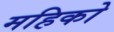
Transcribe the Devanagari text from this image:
महिको